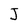
Character: J